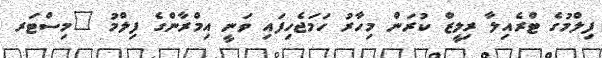
ފިލްމުގެ ޓްރެއިލާ ރިލީޒް ކުރަން މިހާރު ހަމަޖެހިފައި ވަނީ އިމްރާންގެ ފިލްމު "މިސްޓަރ